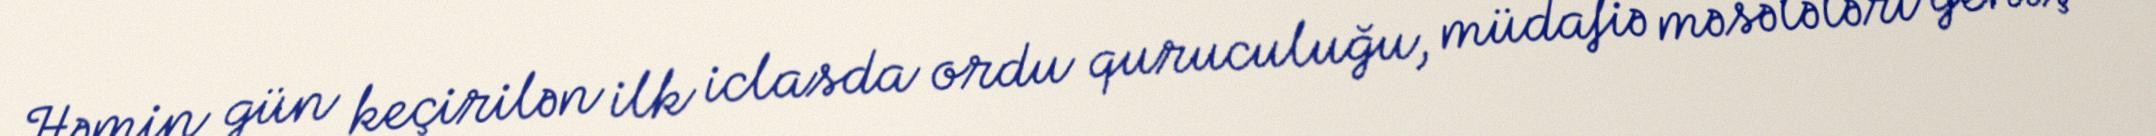
Həmin gün keçirilən ilk iclasda ordu quruculuğu, müdafiə məsələləri geniş